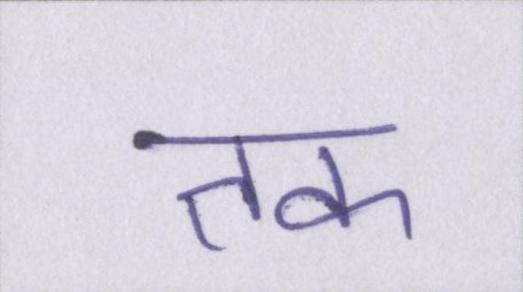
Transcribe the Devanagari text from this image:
तक